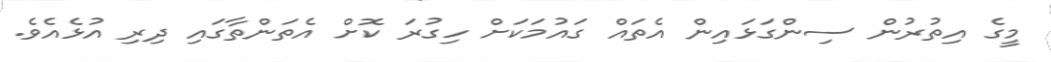
މީގެ އިތުރުން ސިންގަޅައިން އެތައް ގައުމަކަށް ހިގުރަ ކޮށް އެތަންތާގައި ދިރި އުޅެއެވެ.